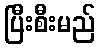
ပြီးစီးမည်